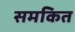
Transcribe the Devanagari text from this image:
समकित